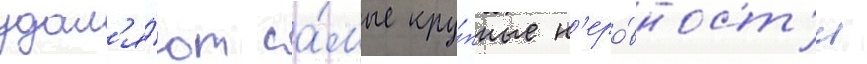
удал'я́ют са́мые кру́пные н'еро́вност'и